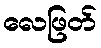
လေဖြတ်